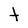
Character: t